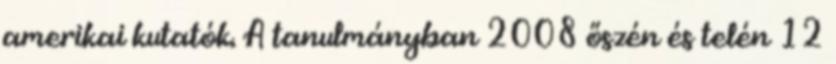
amerikai kutatók. A tanulmányban 2008 őszén és telén 12